Source: Computer-generated
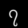
Digit: ၇ (7)